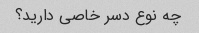
چه نوع دسر خاصی دارید؟